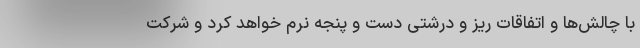
با چالش‌ها و اتفاقات ریز و درشتی دست و پنجه نرم خواهد کرد و شرکت